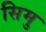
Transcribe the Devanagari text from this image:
सिमु